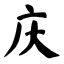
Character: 庆